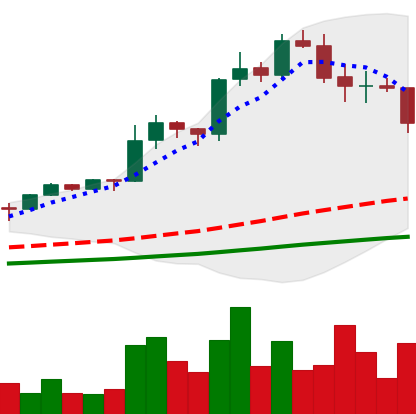
Ticker: LINK-USD
Chart end date: 2020-08-21
Forward return: 10.513%
Label: up_7plus